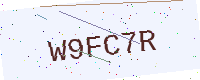
Text: W9FC7R